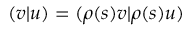
( v | u ) = ( \rho ( s ) v | \rho ( s ) u )